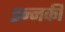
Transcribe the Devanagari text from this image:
इन्नकी